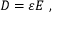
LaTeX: { \boldsymbol { D } } = \varepsilon { \boldsymbol { E } } \ ,